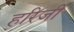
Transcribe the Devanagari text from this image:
हरिजी